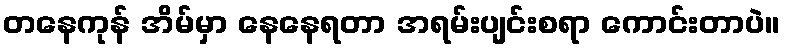
တနေကုန် အိမ်မှာ နေနေရတာ အရမ်းပျင်းစရာ ကောင်းတာပဲ။